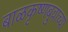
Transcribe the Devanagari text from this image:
बाळकृष्णबुवाच्या